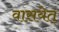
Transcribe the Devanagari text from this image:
वासयेत्